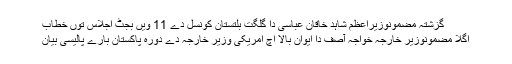
گزشتہ مضمونوزیراعظم شاہد خاقان عباسی دا گلگت بلتستان کونسل دے 11 ویں بجٹ اجلاس توں خطاب
اگلا مضمونوزیر خارجہ خواجہ آصف دا ایوان بالا اچ امریکی وزیر خارجہ دے دورہ پاکستان بارے پالیسی بیان